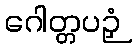
ဂေါတ္တပဉှံ